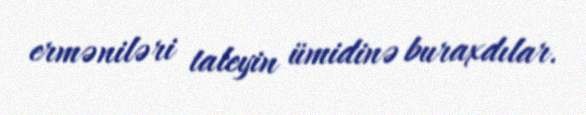
erməniləri taleyin ümidinə buraxdılar.